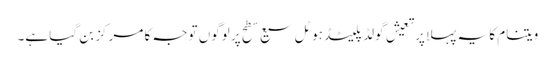
ویتنام کا یہ پہلا پرتعیش گولڈ پلیٹڈ ہوٹل سیع سطح پر لوگوں توجہ کا مرکز بن گیا ہے۔